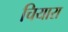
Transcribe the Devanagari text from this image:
चियारा